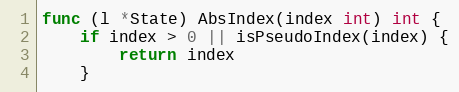
Language: Go
func (l *State) AbsIndex(index int) int {
	if index > 0 || isPseudoIndex(index) {
		return index
	}